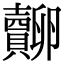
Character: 𧸷